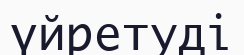
үйретуді